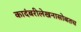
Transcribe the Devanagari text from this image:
कादंबरीलेखनासोबतच